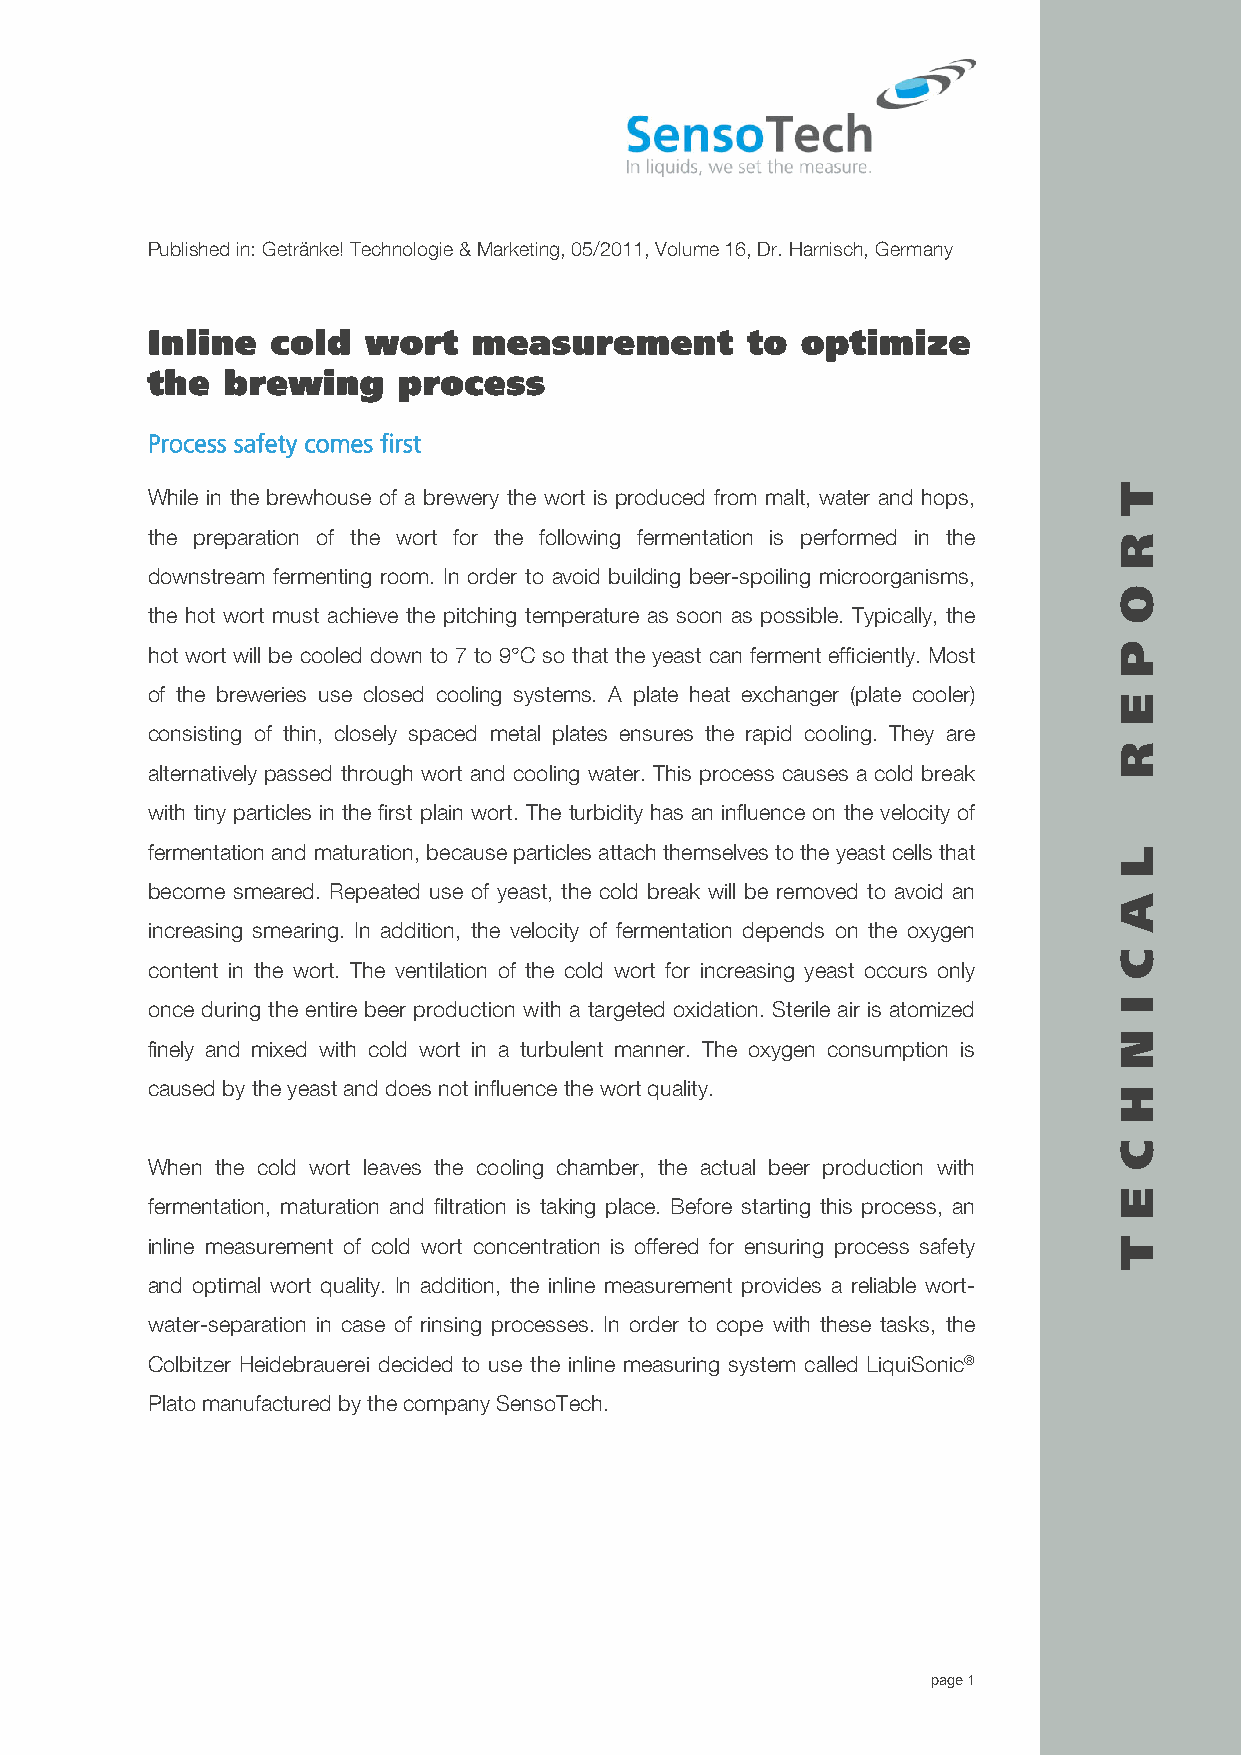
Published in: Getränke! Technologie & Marketing, 05/2011, Volume 16, Dr. Harnisch, Germany
 Inline  cold  wort   measurement       to  optimize
 the  brewing    process
 Process safety comes first
 While in the brewhouse of a brewery the wort is produced from malt, water and hops,
 the preparation of the wort for the following fermentation is performed in the
 downstream fermenting room. In order to avoid building beer-spoiling microorganisms,
 the hot wort must achieve the pitching temperature as soon as possible. Typically, the
 hot wort will be cooled down to 7 to 9°C so that the yeast can ferment efficiently. Most
 of the breweries use closed cooling systems. A plate heat exchanger (plate cooler)
 consisting of thin, closely spaced metal plates ensures the rapid cooling. They are
 alternatively passed through wort and cooling water. This process causes a cold break
 with tiny particles in the first plain wort. The turbidity has an influence on the velocity of
 fermentation and maturation, because particles attach themselves to the yeast cells that
 become smeared. Repeated use of yeast, the cold break will be removed to avoid an
 increasing smearing. In addition, the velocity of fermentation depends on the oxygen
 content in the wort. The ventilation of the cold wort for increasing yeast occurs only
 once during the entire beer production with a targeted oxidation. Sterile air is atomized
 finely and mixed with cold wort in a turbulent manner. The oxygen consumption is
 caused by the yeast and does not influence the wort quality.
 When the cold wort leaves the cooling chamber, the actual beer production with
 fermentation, maturation and filtration is taking place. Before starting this process, an
 inline measurement of cold wort concentration is offered for ensuring process safety
 and optimal wort quality. In addition, the inline measurement provides a reliable wort-
 water-separation in case of rinsing processes. In order to cope with these tasks, the
 Colbitzer Heidebrauerei decided to use the inline measuring system called LiquiSonic®
 Plato manufactured by the company SensoTech.
 page 1
 T
 R
 O
 P
 E
 R
 L
 A
 C
 I
 N
 H
 C
 E
 T